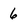
Character: 6